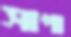
সাপা